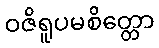
ဝဇိရူပမစိတ္တော